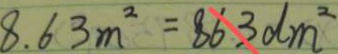
8 . 6 3 m ^ { 2 } = 8 6 3 d m ^ { 2 }